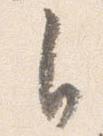
自